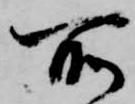
所